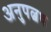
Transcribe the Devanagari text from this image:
अनुपल्बध